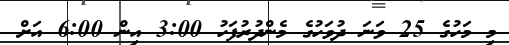
މި މަހުގެ 25 ވަނަ ދުވަހުގެ މެންދުރުފަހު 3:00 އިން 6:00 އަށް